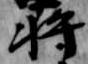
将